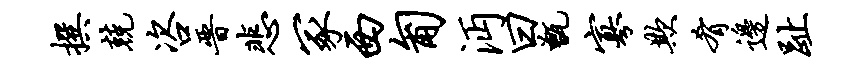
撰兢咨晋悲冢西匍沔曰甑寡欺肴边趾